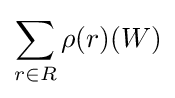
\sum _{r\in R}\rho (r)(W)